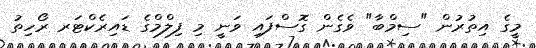
މީގެ އިތުރުން "ސިމްބާ" ވެގެން ގޮސްފައި ވަނީ މި ފިލްމްގެ ޑައިރެކްޓަރ ރޯހިތު